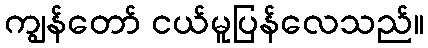
ကျွန်တော် ငယ်မူပြန်လေသည်။